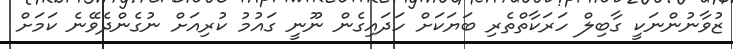
ޒުވާނުންނަކީ ގާބިލް ހަރަކާތްތެރި ބަޔަކަށް ހަދައިގެން ނޫނީ ގައުމު ކުރިއަށް ނުގެންދެވޭނެ ކަމަށް